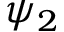
\psi _ { 2 }